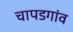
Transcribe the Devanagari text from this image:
चापडगांव